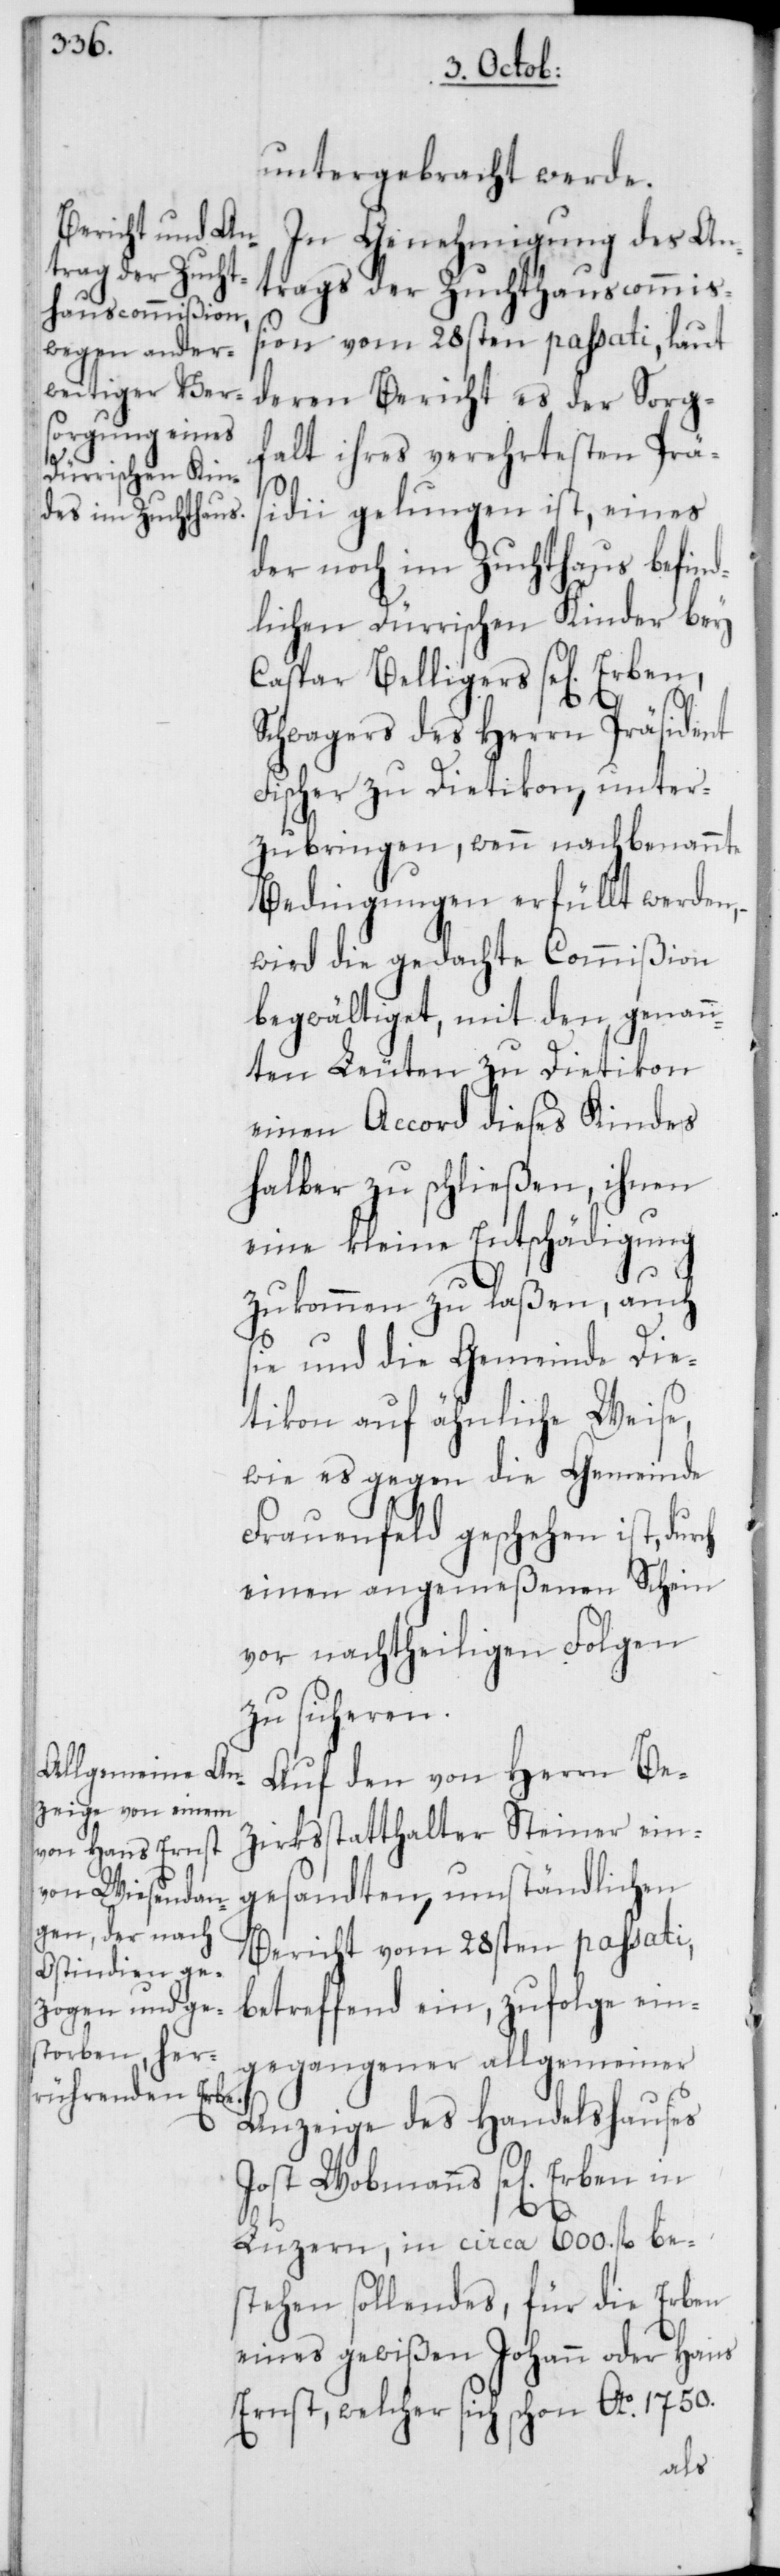
untergebracht werde.
In Genehmigung des An¬
trags der Zuchthauscommiß¬
ion vom 28sten passati, laut
deren Bericht es der Sorg¬
falt ihres verehrtesten Prä¬
sidii gelungen ist, eines
der noch im Zuchthaus befind¬
lichen Dürrischen Kinder bey
Caspar Belligers se[lig] Erben,
Schwagers des Herrn Präsident
Fischer zu Dietikon, unter¬
zubringen, wenn nachbenannte
Bedingungen erfüllt werden,
wird die gedachte Commißion
begwältiget, mit den genan¬
nten Leuten zu Dietikon
einen Accord dieses Kindes
halber zu schließen, ihnen
eine kleine Entschädigung
zukommen zu laßen, auch
sie und die Gemeinde Die¬
tikon auf ähnliche Weise,
wie es gegen die Gemeinde
Frauenfeld geschehen ist,
einen angemeßenen Schein
vor nachtheiligen Folgen
zu sicheren.
Auf den von Herrn Be¬
zirksstatthalter Steiner ein¬
gesandten, umständlichen
Bericht vom 28sten passati,
betreffend ein, zufolge ein¬
gegangener allgemeiner
Anzeige des Handelshauses
Jost Wobmanns se[lig]
Luzern, in circa 600. fl. be¬
stehen sollendes, für die Erben
eines gewißen Johann oder Hans
Ernst, welcher sich schon Ao. 1750.